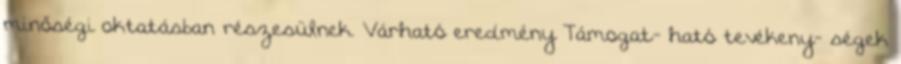
minőségi oktatásban részesülnek. Várható eredmény Támogat- ható tevékeny- ségek